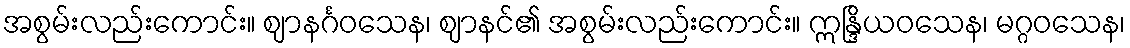
အစွမ်းလည်းကောင်း။ ဈာနင်္ဂဝသေန၊ ဈာနင်၏ အစွမ်းလည်းကောင်း။ ဣန္ဒြိယဝသေန၊ မဂ္ဂဝသေန၊